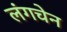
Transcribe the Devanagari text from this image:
लंगचेन